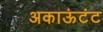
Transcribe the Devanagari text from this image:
अकाऊंटंट